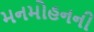
મનમોહનની